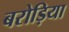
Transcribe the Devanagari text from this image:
बरोड़िया